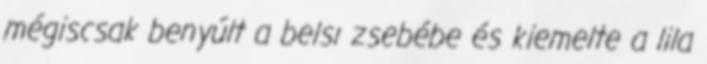
mégiscsak benyúlt a belsı zsebébe és kiemelte a lila